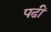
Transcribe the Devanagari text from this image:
पढीं